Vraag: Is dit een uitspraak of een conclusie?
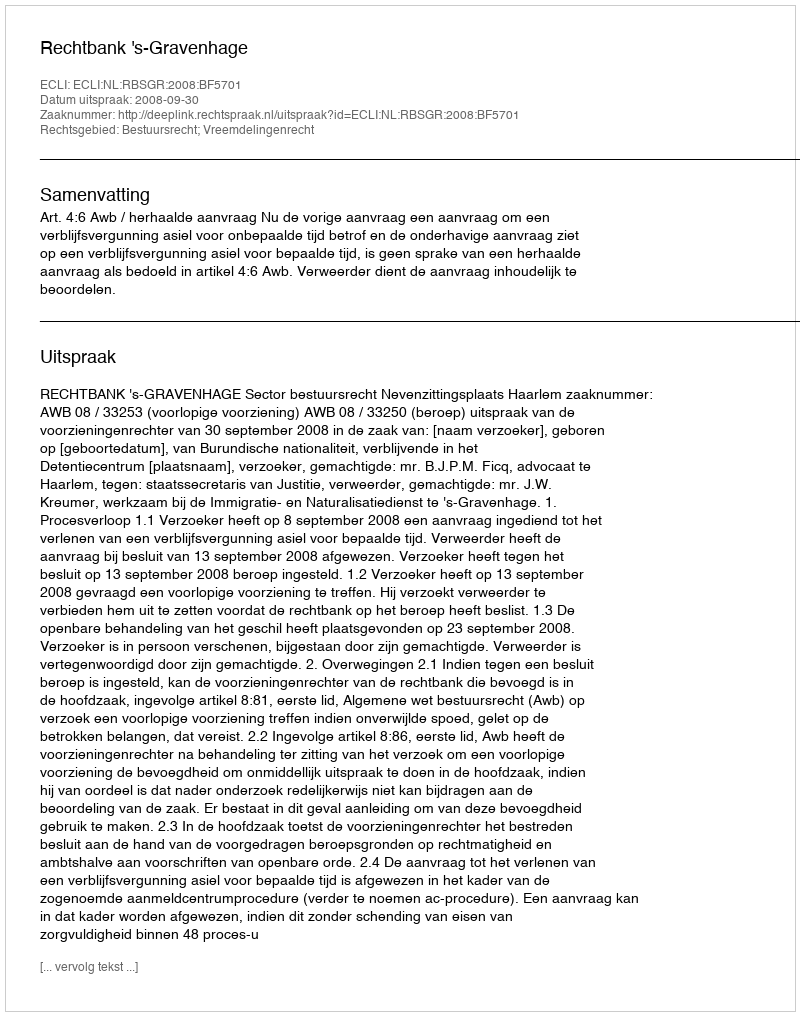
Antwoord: Uitspraak